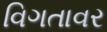
વિગતાવર